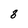
Character: 8